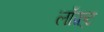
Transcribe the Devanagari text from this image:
लॉफ़्ट